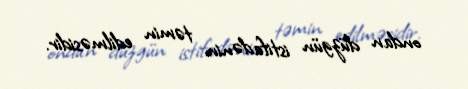
ondan düzgün istifadənin təmin edilməsidir.